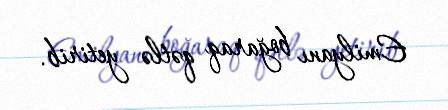
Emilyanı boğaraq qətlə yetirib.